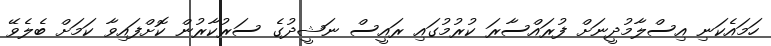
ހަމައެކަނި އިސްލާމުދީނަށް ފުރައްސާރަ ކުރުމުގައި ރައީސް ނަޝީދުގެ ސަރުކާރުން ކޮށްފައިވާ ކަމަށް ބެލެވޭ